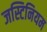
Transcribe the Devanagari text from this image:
जस्टिनियम